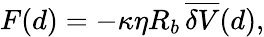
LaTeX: F(d)=-\kappa\eta R_{b}\, \overline{{\delta V}}(d),